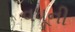
વધૂની